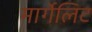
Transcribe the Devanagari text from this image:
मार्गेलिट